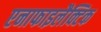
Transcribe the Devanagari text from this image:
एनाफाइलैक्टिक